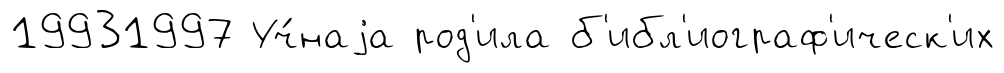
19931997 Уч́наjа род'ила б'ибл'иограф'ическ'их